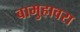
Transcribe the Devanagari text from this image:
बामुहावरा